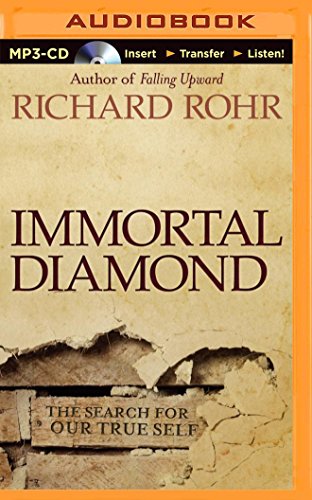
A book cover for Immortal Diamond: The Search for Our True Self; Richard Rohr; Christian Books & Bibles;